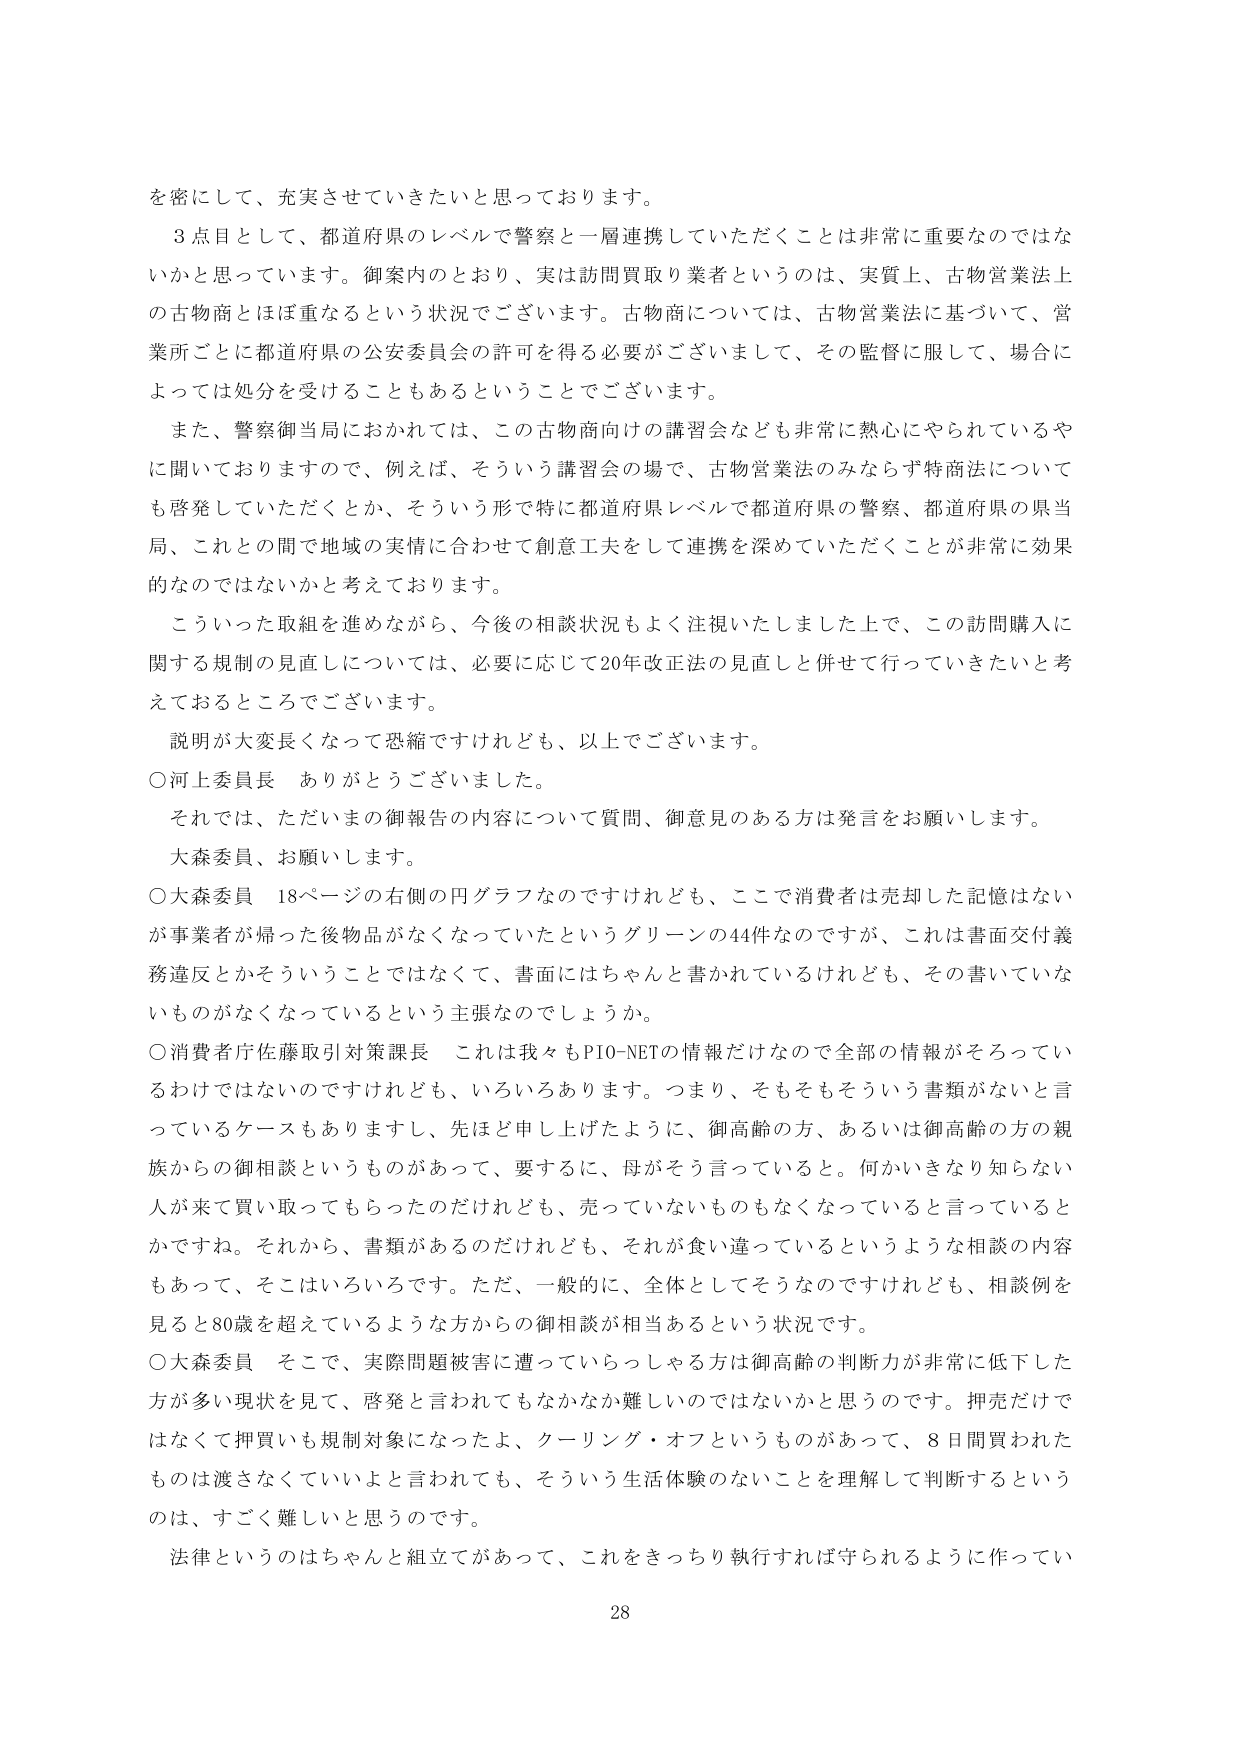
を密にして、充実させていきたいと思っております。

３点目として、都道府県のレベルで警察と一層連携していただくことは非常に重要なのではないかと思っています。御案内のとおり、実は訪問買取り業者というのは、実質上、古物営業法上の古物商とほぼ重なるという状況でございます。古物商については、古物営業法に基づいて、営業所ごとに都道府県の公安委員会の許可を得る必要がございまして、その監督に服して、場合によっては処分を受けることもあるということでございます。

また、警察御当局におかれては、この古物商向けの講習会なども非常に熱心にやられているやに聞いておりますので、例えば、そういう講習会の場で、古物営業法のみならず特商法についても啓発していただくとか、そういう形で特に都道府県レベルで都道府県の警察、都道府県の県当局、これとの間で地域の実情に合わせて創意工夫をして連携を深めていただくことが非常に効果的なのではないかと考えております。

こういった取組を進めながら、今後の相談状況もよく注視いたしました上で、この訪問購入に関する規制の見直しについては、必要に応じて20年改正法の見直しと併せて行っていきたいと考えておるところでございます。

説明が大変長くなって恐縮ですけれども、以上でございます。

〇河上委員長　ありがとうございます。

それでは、ただいまの御報告の内容について質問、御意見のある方は発言をお願いします。

大森委員、お願いします。

〇大森委員　18ページの右側の円グラフなのですが、ここで消費者は売却した記憶はないが事業者が帰った後物品がなくなっていたというグリーンの44件なのですが、これは書面交付義務違反とかそういうことではなくて、書面にはちゃんと書かれているけれども、その書いていないものがなくなっているという主張なのでしょうか。

〇消費者庁佐藤取引対策課長　これは我々もPIO-NETの情報だけなので全部の情報がそろっているわけではないのですけれども、いろいろあります。つまり、そもそもそういう書類がないと言っているケースもありますし、先ほど申し上げたように、御高齢の方、あるいは御高齢の方の親族からの御相談というものがあって、要するに、母がそう言っていると。何かいきなり知らない人が来て買い取ってもらったのだけれども、売っていないものもなくなっていると言っているとかですね。それから、書類があるのだけれども、それが食い違っているというような相談の内容もあって、そこはいろいろです。ただ、一般的に、全体としてそうなのですけれども、相談例を見ると80歳を超えているような方からの御相談が相当あるという状況です。

〇大森委員　そこで、実際問題被害に遭っていらっしゃる方は御高齢の判断力が非常に低下した方が多い現状を見て、啓発と言われてもなかなか難しいのではないかと思うのです。押売だけではなくて押買いも規制対象になったよ、クーリング・オフというものがあって、8日間買われたものは渡さなくていいよと言われても、そういう生活体験のないことを理解して判断するというのは、すごく難しいと思うのです。

法律というのはちゃんと組立てがあって、これをきっちり執行すれば守られるように作ってい

28